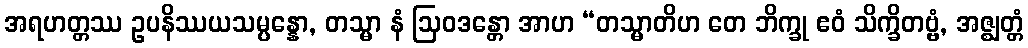
အရဟတ္တဿ ဥပနိဿယသမ္ပန္နော, တသ္မာ နံ ဩဝဒန္တော အာဟ “တသ္မာတိဟ တေ ဘိက္ခု ဧဝံ သိက္ခိတဗ္ဗံ, အဇ္ဈတ္တံ